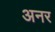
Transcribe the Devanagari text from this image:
अनर